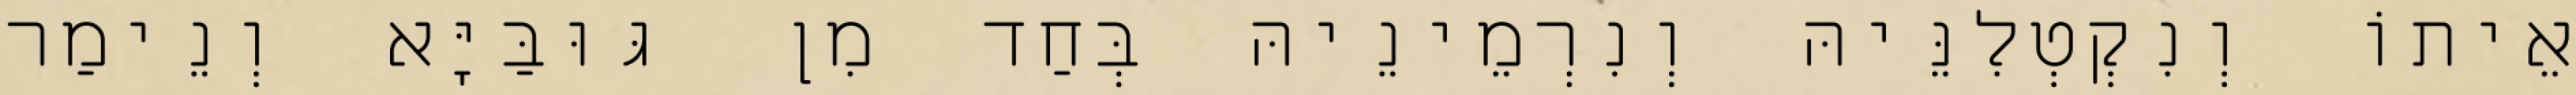
אֵיתוֹ וְנִקְטְלִנֵּיהּ וְנִרְמֵינֵיהּ בְּחַד מִן גּוּבַּיָּא וְנֵימַר